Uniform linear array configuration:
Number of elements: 8
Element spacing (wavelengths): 0.75
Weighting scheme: uniform
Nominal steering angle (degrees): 0
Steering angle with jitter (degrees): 0.3173
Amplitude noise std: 0.05
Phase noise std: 0.05

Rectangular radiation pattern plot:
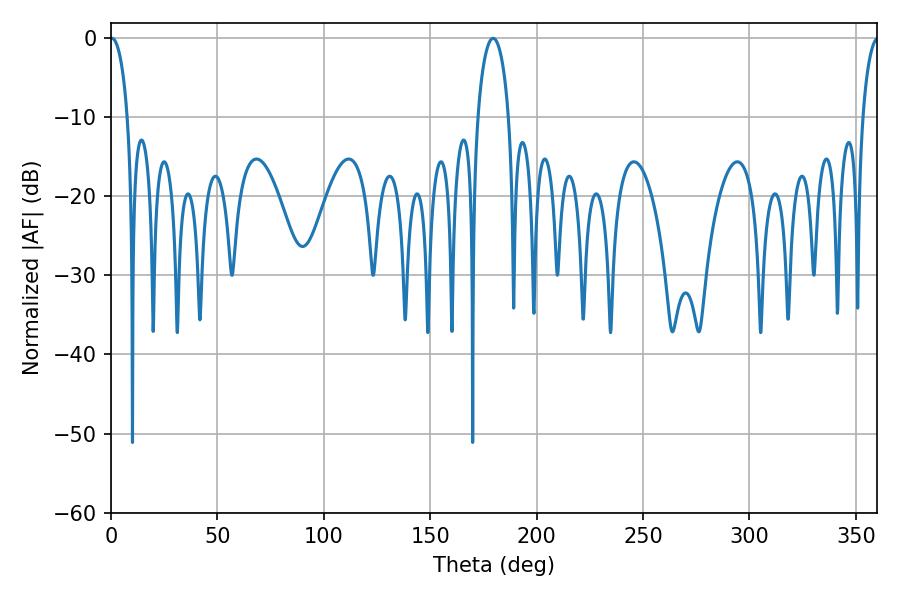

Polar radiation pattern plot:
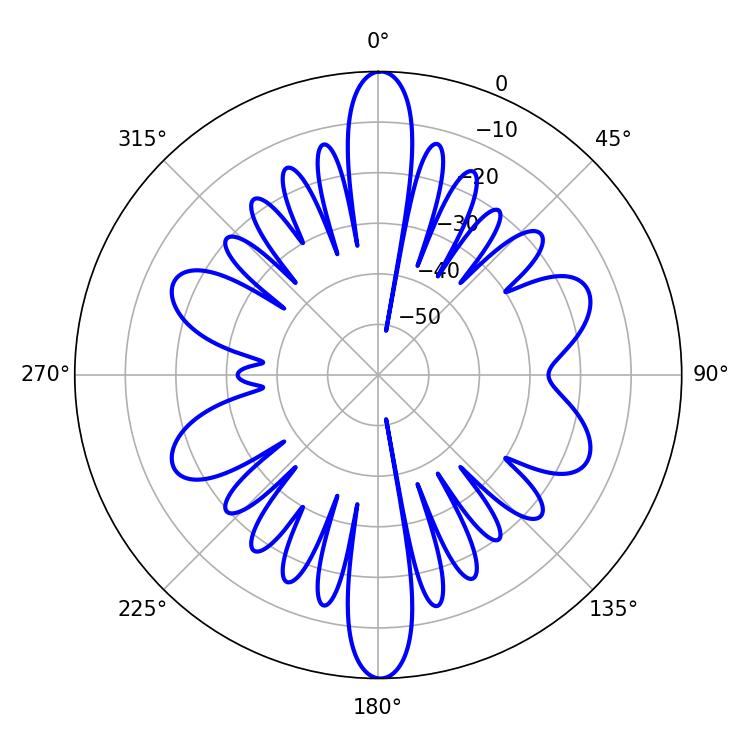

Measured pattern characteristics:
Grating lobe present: TRUE
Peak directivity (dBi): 24.512
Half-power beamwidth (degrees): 4.68
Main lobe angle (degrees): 0.36